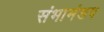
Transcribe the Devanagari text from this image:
संभामंडप